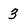
Character: 3